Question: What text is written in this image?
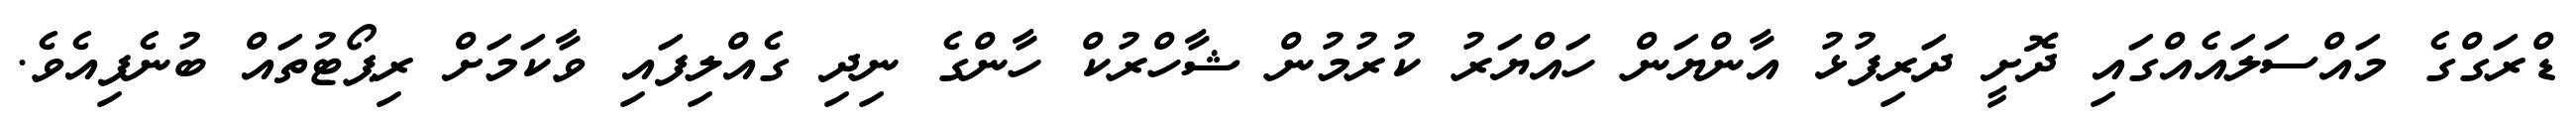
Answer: ޑްރަގްގެ މައްސަލައެއްގައި ދޮށީ ދަރިފުޅު އާންޔަން ހައްޔަރު ކުރުމުން ޝާހްރުކް ހާންގެ ނިދި ގެއްލިފައި ވާކަމަށް ރިޕޯޓުތައް ބުނެފިއެވެ.